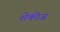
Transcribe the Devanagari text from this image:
शेकीज